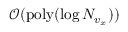
\mathcal { O } ( \mathrm { p o l y } ( \log N _ { v _ { x } } ) )